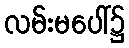
လမ်းမပေါ်၌